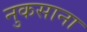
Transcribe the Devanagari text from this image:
नुकसाना